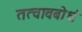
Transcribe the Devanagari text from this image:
तत्वावबोधं